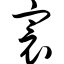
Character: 寰